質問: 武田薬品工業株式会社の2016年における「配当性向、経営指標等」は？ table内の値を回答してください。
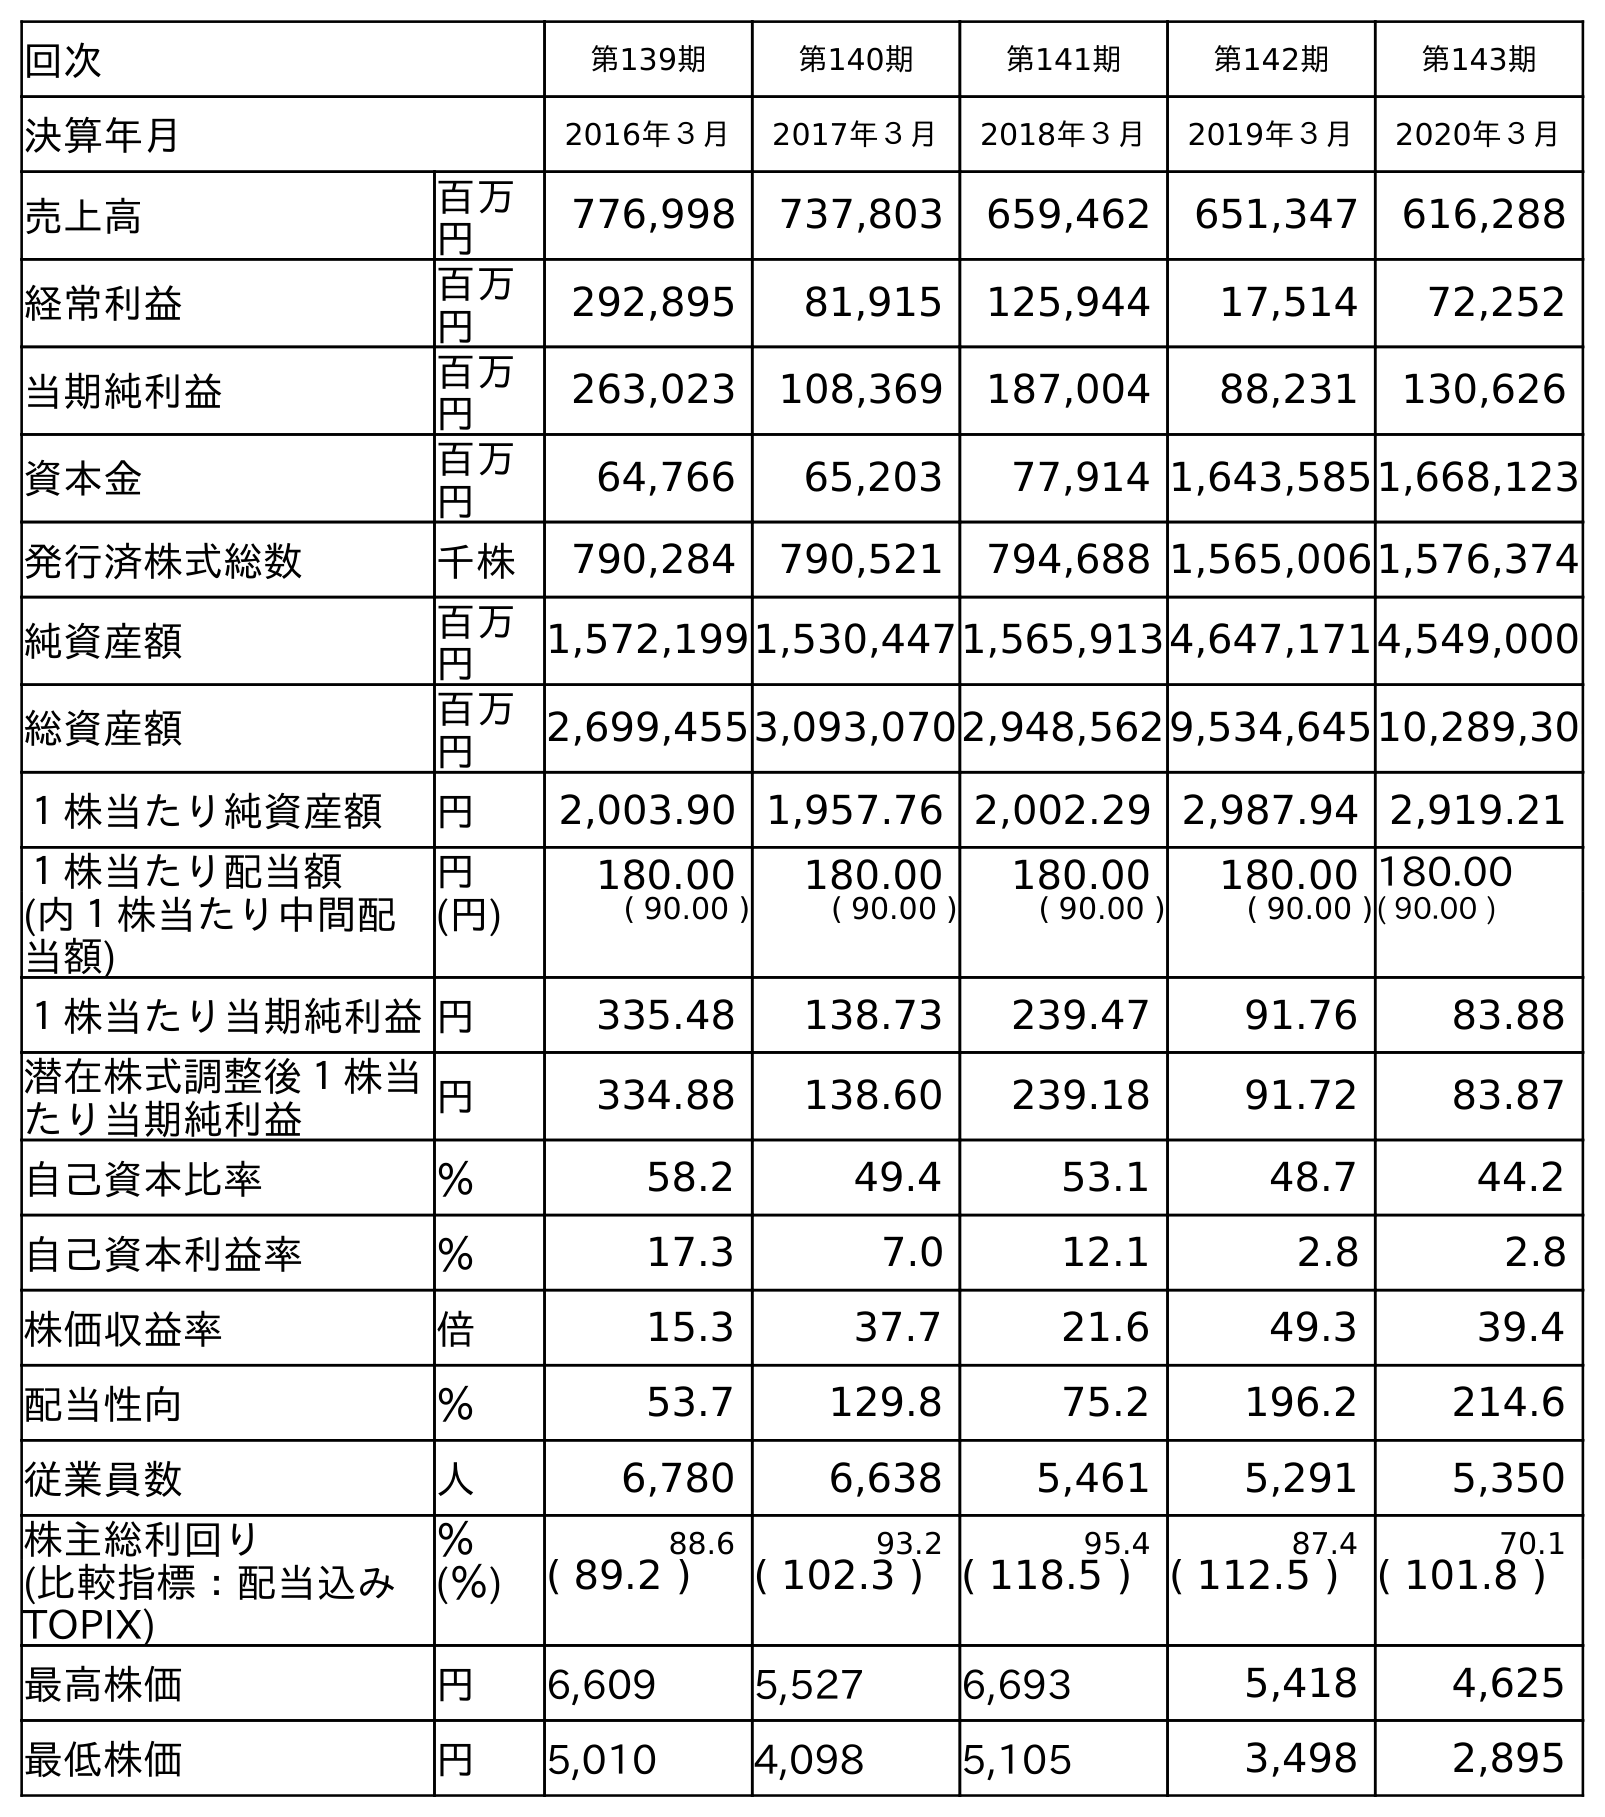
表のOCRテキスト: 回次 第139期 第140期 第141期 第142期 第143期 決算年月 2016年３月 2017年３月 2018年３月 2019年３月 2020年３月 売上高 百万 円 776,998 737,803 659,462 651,347 616,288 経常利益 百万 円 292,895 81,915 125,944 17,514 72,252 当期純利益 百万 円 263,023 108,369 187,004 88,231 130,626 資本金 百万 円 64,766 65,203 77,914 1,643,5851,668,123 発行済株式総数 千株 790,284 790,521 794,688 1,565,0061,576,374 純資産額 百万 円 1,572,1991,530,4471,565,9134,647,1714,549,000 総資産額 百万 円 2,699,4553,093,0702,948,5629,534,64510,289,30 １株当たり純資産額 円 2,003.90 1,957.76 2,002.29 2,987.94 2,919.21 １株当たり配当額 円 180.00 180.00 180.00 180.00 180.00 (内１株当たり中間配 当額) (円) ( 90.00 ) ( 90.00 ) ( 90.00 ) ( 90.00 )( 90.00 ) １株当たり当期純利益円 335.48 138.73 239.47 91.76 83.88 潜在株式調整後１株当 たり当期純利益 円 334.88 138.60 239.18 91.72 83.87 自己資本比率 ％ 58.2 49.4 53.1 48.7 44.2 自己資本利益率 ％ 17.3 7.0 12.1 2.8 2.8 株価収益率 倍 15.3 37.7 21.6 49.3 39.4 配当性向 ％ 53.7 129.8 75.2 196.2 214.6 従業員数 人 6,780 6,638 5,461 5,291 5,350 株主総利回り ％ 88.6 93.2 95.4 87.4 70.1 (比較指標：配当込み TOPIX) (％) ( 89.2 ) ( 102.3 ) ( 118.5 ) ( 112.5 ) ( 101.8 ) 最高株価 円 6,609 5,527 6,693 5,418 4,625 最低株価 円 5,010 4,098 5,105 3,498 2,895
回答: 53.7